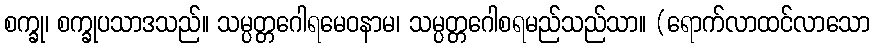
စက္ခု၊ စက္ခုပသာဒသည်။ သမ္ပတ္တဂေါရမေဝနာမ၊ သမ္ပတ္တဂေါစရမည်သည်သာ။ (ရောက်လာထင်လာသော